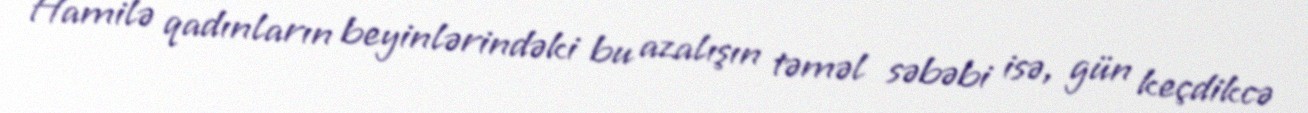
Hamilə qadınların beyinlərindəki bu azalışın təməl səbəbi isə, gün keçdikcə